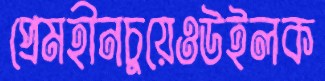
প্রেমহীনচুয়েওউইলক